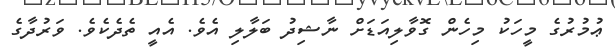
ޢުމުރުގެ މީހަކު މިހެން ގޮވާލިއަޑަށް ނާޝިދު ބަލާލި އެވެ. އެއީ ތެދެކެވެ. ވަރުދާގެ